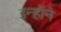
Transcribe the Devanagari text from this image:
इन्हॉने